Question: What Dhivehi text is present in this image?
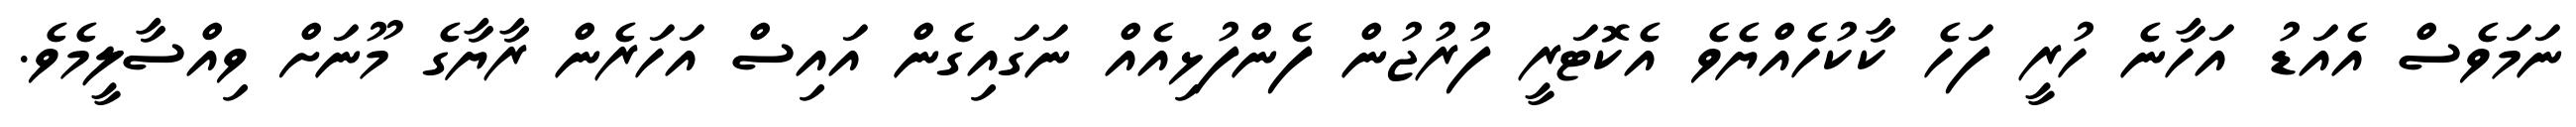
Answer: ނަމަވެސް އެއަޑު އަހާނެ ހުރީ ފަހެ ކާކުހެއްޔެވެ އެކޮޓަރީ ފުރުޖުން ފެންފުޅިއެއް ނަގައިގެން އައިސް އަހަރެން ރާޔާގެ މޫނަށް ވިއްސާލީމެވެ.